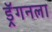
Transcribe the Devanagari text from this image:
ड्रॅगनला